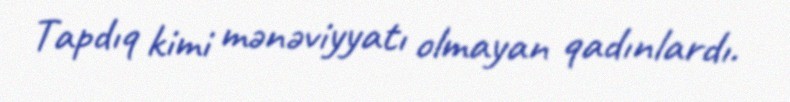
Tapdıq kimi mənəviyyatı olmayan qadınlardı.